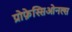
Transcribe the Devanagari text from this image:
प्रोफ़ेस्सिओनल्स